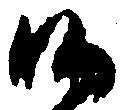
候